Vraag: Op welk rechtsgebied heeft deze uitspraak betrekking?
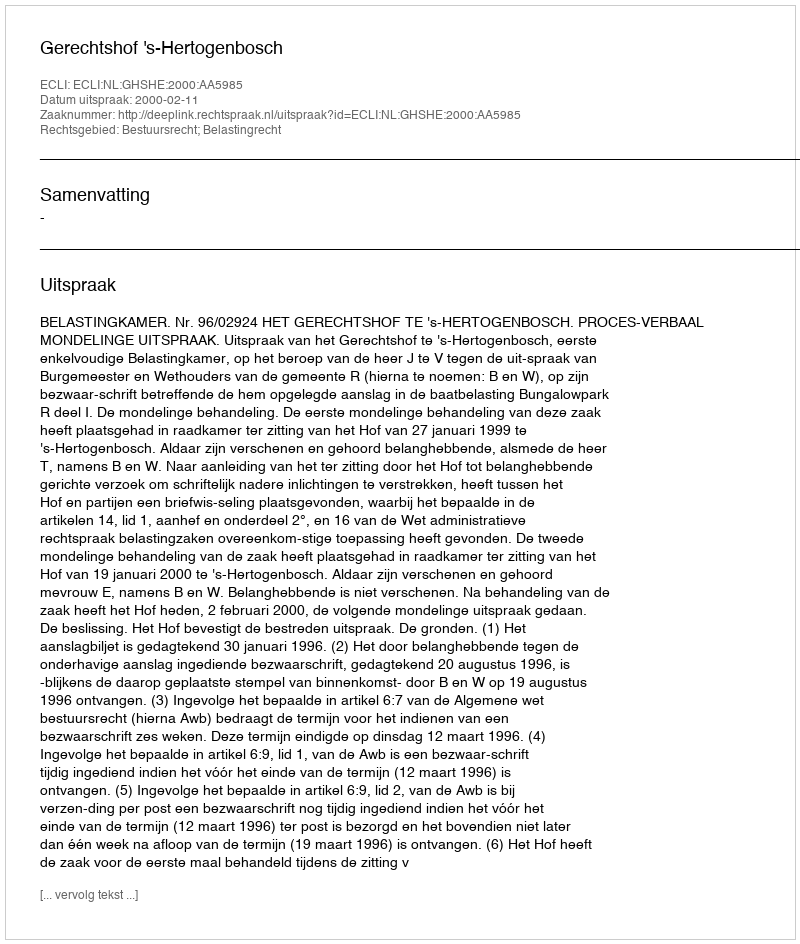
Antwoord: Bestuursrecht; Belastingrecht